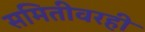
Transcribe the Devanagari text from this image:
समितीवरही